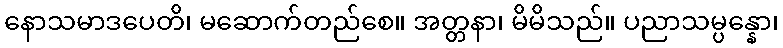
နောသမာဒပေတိ၊ မဆောက်တည်စေ။ အတ္တနာ၊ မိမိသည်။ ပညာသမ္ပန္နော၊